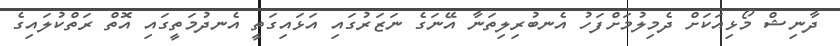
ދާނިޝް މޯޅިއަކަށް ދެމިލުމަށްފަހު އެނބުރިލިތަނާ އޭނަގެ ނަޒަރުގައި އަޅައިގަތީ އެނދުމަތީގައި އޮތް ރަތްކުލައިގެ